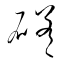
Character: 磋